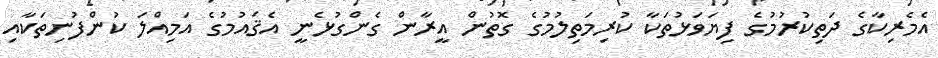
އެމެރިކާގެ ދަތިކުރުމުގެ ފިޔަވަޅުތަކާ ކުރިމަތިލުމުގެ ގޮތުން އީރާން ގެންގުޅެނީ އެޤައުމުގެ އަމިއްލަ ކުންފުނިތަކާއި